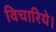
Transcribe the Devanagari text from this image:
विचारिये।